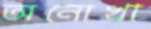
অনোখা